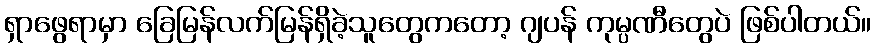
ရှာဖွေရာမှာ ခြေမြန်လက်မြန်ရှိခဲ့သူတွေကတော့ ဂျပန် ကုမ္ပဏီတွေပဲ ဖြစ်ပါတယ်။